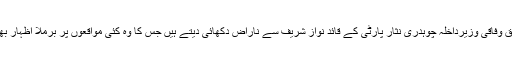
یاد رہے کہ سابق وفاقی وزیرداخلہ چوہدری نثار پارٹی کے قائد نواز شریف سے ناراض دکھائی دیتے ہیں جس کا وہ کئی مواقعوں پر برملا اظہار بھی کرچکے ہیں۔